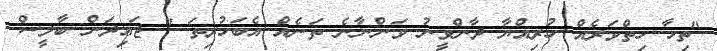
"ތިހާ ހިތްވަރެއް ހުރިއްޔާ ދާންވީނު ވަންނާނެ ތަނެއް އެބަހުރިތަ " ޖައިދަން ބާލީސް